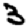
Digit: 3